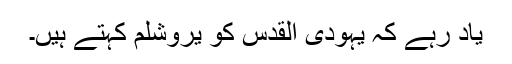
یاد رہے کہ یہودی القدس کو یروشلم کہتے ہیں۔